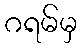
ဂရမ်မှ